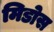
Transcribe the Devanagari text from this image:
मिडोस